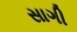
સાગી